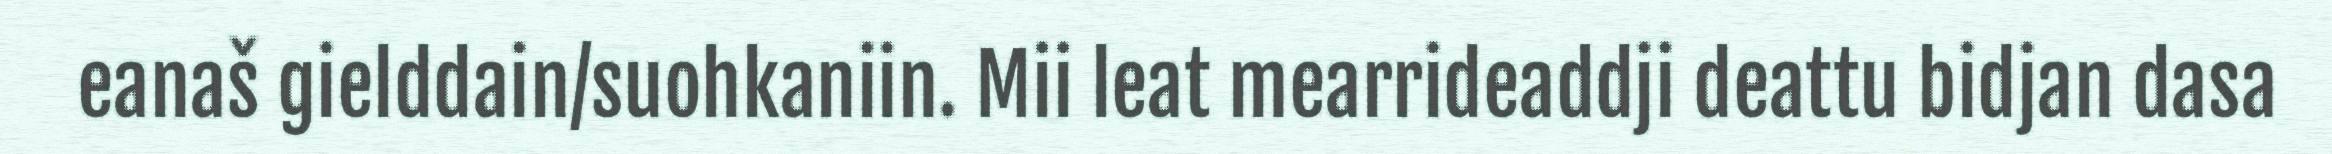
eanaš gielddain/suohkaniin. Mii leat mearrideaddji deattu bidjan dasa